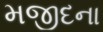
મજીદના